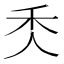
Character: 秂